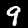
Label: 9